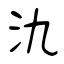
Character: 氿